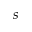
s